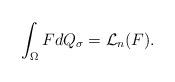
LaTeX: \begin{align*}\int_\Omega FdQ_\sigma=\mathcal L_n(F).\end{align*}